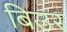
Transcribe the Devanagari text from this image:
बिउर